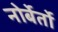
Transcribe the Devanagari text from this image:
नोर्बेर्तो